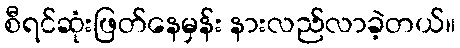
စီရင်ဆုံးဖြတ်နေမှန်း နားလည်လာခဲ့တယ်။